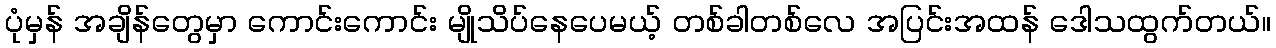
ပုံမှန် အချိန်တွေမှာ ကောင်းကောင်း မျိုသိပ်နေပေမယ့် တစ်ခါတစ်လေ အပြင်းအထန် ဒေါသထွက်တယ်။